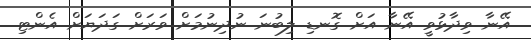
އޭނާ ވިދާޅުވީ އޭނާ އަށް ގޮނޑި ލިބުނަ ނުދިނުމަށް ވަރަށް ގަދަޔަށް އެންޓި